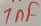
Text: 1nF